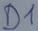
Text: D1